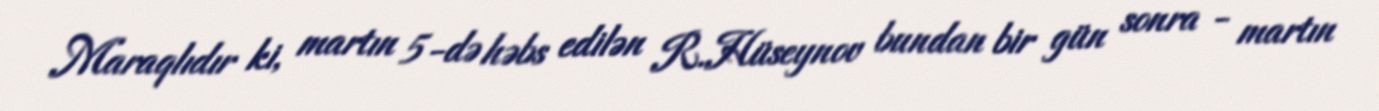
Maraqlıdır ki, martın 5-də həbs edilən R.Hüseynov bundan bir gün sonra - martın